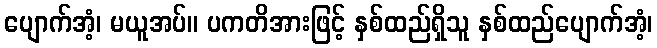
ပျောက်အံ့၊ မယူအပ်။ ပကတိအားဖြင့် နှစ်ထည်ရှိသူ နှစ်ထည်ပျောက်အံ့၊